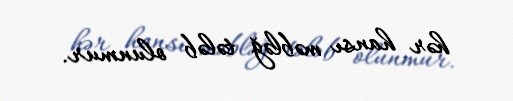
hər hansı məbləğ tələb olunmur.